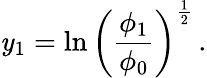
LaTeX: \mathit{y}_{1}=\ln\left({{\frac{{\phi_{1}}}{{\phi_{0}}}}}\right)^{\frac{{1}}{{2}}}\, .